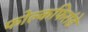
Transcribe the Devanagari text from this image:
फोल्कफिरांडे